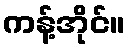
ကန့်အိုင်။